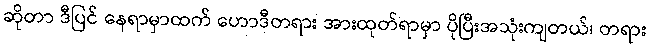
ဆိုတာ ဒီပြင် နေရာမှာထက် ဟောဒီတရား အားထုတ်ရာမှာ ပိုပြီးအသုံးကျတယ်၊ တရား